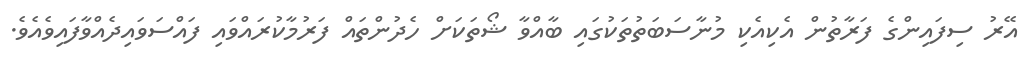
އޭރު ސިފައިންގެ ފަރާތުން އެކިއެކި މުނާސަބަތުތަކުގައި ބާއްވާ ޝޯތަކަށް ހެދުންތައް ފަރުމާކުރައްވައި ފައްސަވައިދެއްވާފައިވެއެވެ.